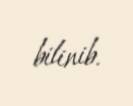
bilinib.